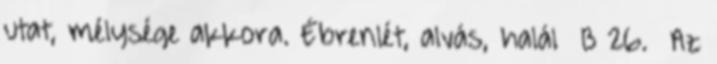
utat, mélysége akkora. Ébrenlét, alvás, halál B 26. Az